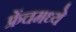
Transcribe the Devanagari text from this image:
फ्रेंचमध्ये